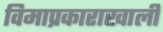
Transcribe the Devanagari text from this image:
विमाप्रकाराखाली